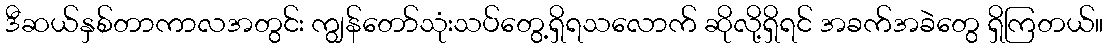
ဒီဆယ်နှစ်တာကာလအတွင်း ကျွန်တော်သုံးသပ်တွေ့ရှိရသလောက် ဆိုလို့ရှိရင် အခက်အခဲတွေ ရှိကြတယ်။